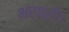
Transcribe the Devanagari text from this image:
भरथरी।